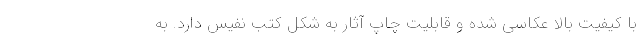
با کیفیت بالا عکاسی شده و قابلیت چاپ آثار به شکل کتب نفیس دارد. به